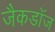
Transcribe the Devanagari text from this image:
जैकडॉज